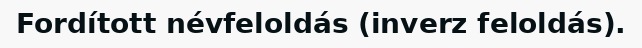
Fordított névfeloldás (inverz feloldás).